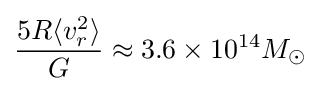
{\frac {5R\langle v_{r}^{2}\rangle }{G}}\approx 3.6\times 10^{14}M_{\odot }